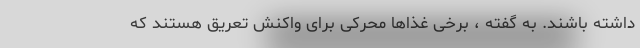
داشته باشند. به گفته ، برخی غذاها محرکی برای واکنش تعریق هستند که